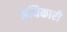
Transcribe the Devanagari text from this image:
अधिकारी